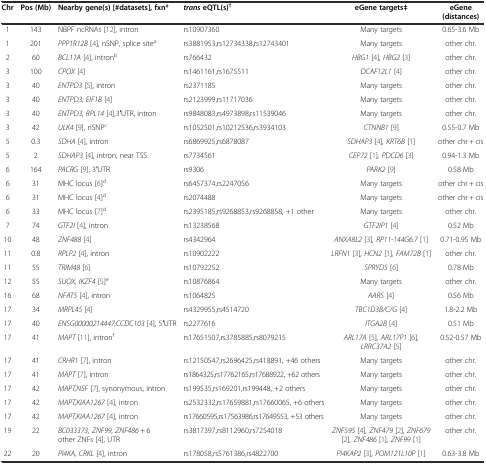
<table><thead><tr><td><b>Chr</b></td><td><b>Pos (Mb)</b></td><td><b>Nearby gene(s) [#datasets], fxn*</b></td><td><b><i>trans</i>eQTL(s)<sup>†</sup></b></td><td><b>eGene targets‡</b></td><td><b>eGene (distances)</b></td></tr></thead><tbody><tr><td>1</td><td>143</td><td>NBPF ncRNAs [12], intron</td><td>rs10907360</td><td>Many targets</td><td>0.65-3.6 Mb</td></tr><tr><td>1</td><td>201</td><td><i>PPP1R12B</i>[4], nSNP, splice site<sup>a</sup></td><td>rs3881953,rs12734338,rs12743401</td><td>Many targets</td><td>other chr.</td></tr><tr><td>2</td><td>60</td><td><i>BCL11A</i>[4], intron<sup>b</sup></td><td>rs766432</td><td><i>HBG1</i>[4]<i>, HBG2</i>[3]</td><td>other chr.</td></tr><tr><td>3</td><td>100</td><td><i>CPOX</i>[4]</td><td>rs1461161,rs1675511</td><td><i>DCAF12L1</i>[4]</td><td>other chr.</td></tr><tr><td>3</td><td>40</td><td><i>ENTPD3</i>[5], intron</td><td>rs2371185</td><td>Many targets</td><td>other chr.</td></tr><tr><td>3</td><td>40</td><td><i>ENTPD3, EIF1B</i>[4]</td><td>rs2123999,rs11717036</td><td>Many targets</td><td>other chr.</td></tr><tr><td>3</td><td>40</td><td><i>ENTPD3, RPL14</i>[4],3′UTR, intron</td><td>rs9848083,rs4973898,rs11539046</td><td>Many targets</td><td>other chr.</td></tr><tr><td>3</td><td>42</td><td><i>ULK4</i>[9], nSNP<sup>c</sup></td><td>rs1052501,rs10212536,rs3934103</td><td><i>CTNNB1</i>[9]</td><td>0.55-0.7 Mb</td></tr><tr><td>5</td><td>0.3</td><td><i>SDHA</i>[4], intron</td><td>rs6869925,rs6878087</td><td><i>SDHAP3</i>[4]<i>, KRT6B</i>[1]</td><td>other chr + cis</td></tr><tr><td>5</td><td>2</td><td><i>SDHAP3</i>[4], intron, near TSS</td><td>rs7734561</td><td><i>CEP72</i>[1]<i>, PDCD6</i>[3]</td><td>0.94-1.3 Mb</td></tr><tr><td>6</td><td>164</td><td><i>PACRG</i>[9], 3′UTR</td><td>rs9306</td><td><i>PARK2</i>[9]</td><td>0.58 Mb</td></tr><tr><td>6</td><td>31</td><td>MHC locus [6]<sup>d</sup></td><td>rs6457374,rs2247056</td><td>Many targets</td><td>other chr + cis</td></tr><tr><td>6</td><td>31</td><td>MHC locus [4]<sup>d</sup></td><td>rs2074488</td><td>Many targets</td><td>other chr + cis</td></tr><tr><td>6</td><td>33</td><td>MHC locus [7]<sup>d</sup></td><td>rs2395185,rs9268853,rs9268858, +1 other</td><td>Many targets</td><td>other chr.</td></tr><tr><td>7</td><td>74</td><td><i>GTF2I</i>[4], intron</td><td>rs13238568</td><td><i>GTF2IP1</i>[4]</td><td>0.52 Mb</td></tr><tr><td>10</td><td>48</td><td><i>ZNF488</i>[4]</td><td>rs4342964</td><td><i>ANXA8L2</i>[3]<i>, RP11-144G6.7</i>[1]</td><td>0.71-0.95 Mb</td></tr><tr><td>11</td><td>0.8</td><td><i>RPLP2</i>[4], intron</td><td>rs10902222</td><td><i>LRFN1</i>[3]<i>, HCN2</i>[1]<i>, FAM72B</i>[1]</td><td>other chr.</td></tr><tr><td>11</td><td>55</td><td><i>TRIM48</i>[6]</td><td>rs10792252</td><td><i>SPRYD5</i>[6]</td><td>0.78 Mb</td></tr><tr><td>12</td><td>55</td><td><i>SUOX</i>, <i>IKZF4</i>[5]<sup>e</sup></td><td>rs10876864</td><td>Many targets</td><td>other chr.</td></tr><tr><td>16</td><td>68</td><td><i>NFAT5</i>[4], intron</td><td>rs1064825</td><td><i>AARS</i>[4]</td><td>0.56 Mb</td></tr><tr><td>17</td><td>34</td><td><i>MRPL45</i>[4]</td><td>rs4329955,rs4514720</td><td><i>TBC1D3B/C/G</i>[4]</td><td>1.8-2.2 Mb</td></tr><tr><td>17</td><td>40</td><td><i>ENSG00000214447,CCDC103</i>[4], 5′UTR</td><td>rs2277616</td><td><i>ITGA2B</i>[4]</td><td>0.51 Mb</td></tr><tr><td>17</td><td>41</td><td><i>MAPT</i>[11], intron<sup>f</sup></td><td>rs17651507,rs3785885,rs8079215</td><td><i>ARL17A</i>[5]<i>, ARL17P1</i>[6]<i>, LRRC37A2</i>[5]</td><td>0.52-0.57 Mb</td></tr><tr><td>17</td><td>41</td><td><i>CRHR1</i>[7], intron</td><td>rs12150547,rs2696425,rs418891, +46 others</td><td>Many targets</td><td>other chr.</td></tr><tr><td>17</td><td>41</td><td><i>MAPT</i>[7], intron</td><td>rs1864325,rs17762165,rs17688922, +62 others</td><td>Many targets</td><td>other chr.</td></tr><tr><td>17</td><td>42</td><td><i>MAPT,NSF</i>[7], synonymous, intron</td><td>rs199535,rs169201,rs199448, +2 others</td><td>Many targets</td><td>other chr.</td></tr><tr><td>17</td><td>42</td><td><i>MAPT,KIAA1267</i>[4], intron</td><td>rs2532332,rs17659881,rs17660065, +6 others</td><td>Many targets</td><td>other chr.</td></tr><tr><td>17</td><td>42</td><td><i>MAPT,KIAA1267</i>[4], intron</td><td>rs17660595,rs17563986,rs17649553, +53 others</td><td>Many targets</td><td>other chr.</td></tr><tr><td>19</td><td>22</td><td><i>BC033373, ZNF99, ZNF486</i> + 6 other ZNFs [4], UTR</td><td>rs3817397,rs8112960,rs7254018</td><td><i>ZNF595</i>[4]<i>, ZNF479</i>[2]<i>, ZNF679</i>[2]<i>, ZNF486</i>[1]<i>, ZNF99</i>[1]</td><td>other chr.</td></tr><tr><td>22</td><td>20</td><td><i>PI4KA, CRKL</i>[4], intron</td><td>rs178058,rs5761386,rs4822700</td><td><i>PI4KAP2</i>[3]<i>, POM121L10P</i>[1]</td><td>0.63-3.8 Mb</td></tr></tbody></table>